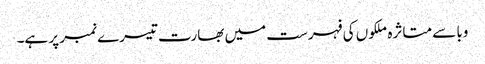
وبا سے متاثرہ ملکوں کی فہرست میں بھارت تیسرے نمبر پر ہے۔